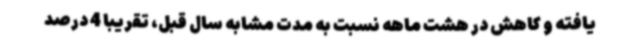
یافته و کاهش در هشت ماهه نسبت به مدت مشابه سال قبل، تقریبا 4 درصد